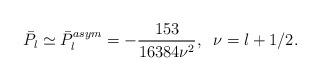
LaTeX: \begin{align*}\bar{P}_l\simeq\bar{P}_l^{asym}=-\frac{153}{16384\nu^2},\;\;\nu=l+1/2.\end{align*}